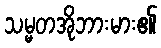
သမ္မတအိုဘားမား၏